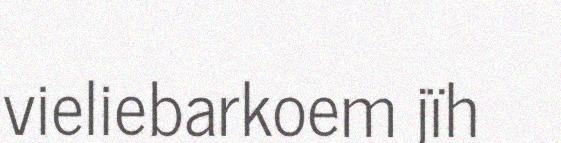
vieliebarkoem jïh